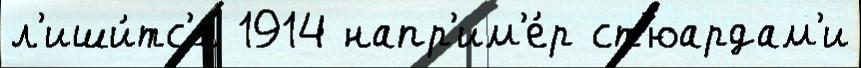
л'иши́тс'я 1914 напр'им'е́р ст'юардам'и